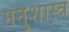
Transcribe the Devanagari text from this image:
मनुशास्त्र